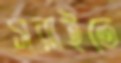
সরাইতে